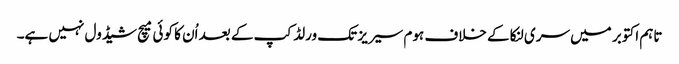
تاہم اکتوبر میں سری لنکا کے خلاف ہوم سیریز تک ورلڈ کپ کے بعد اُن کا کوئی میچ شیڈول نہیں ہے۔